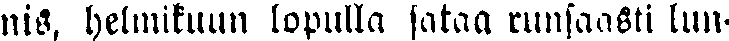
nis, helmikuun lopulla sataa runsaasti lun-